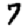
Digit: 7